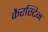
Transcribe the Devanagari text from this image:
कैरस्टिन